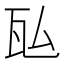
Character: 𬎤